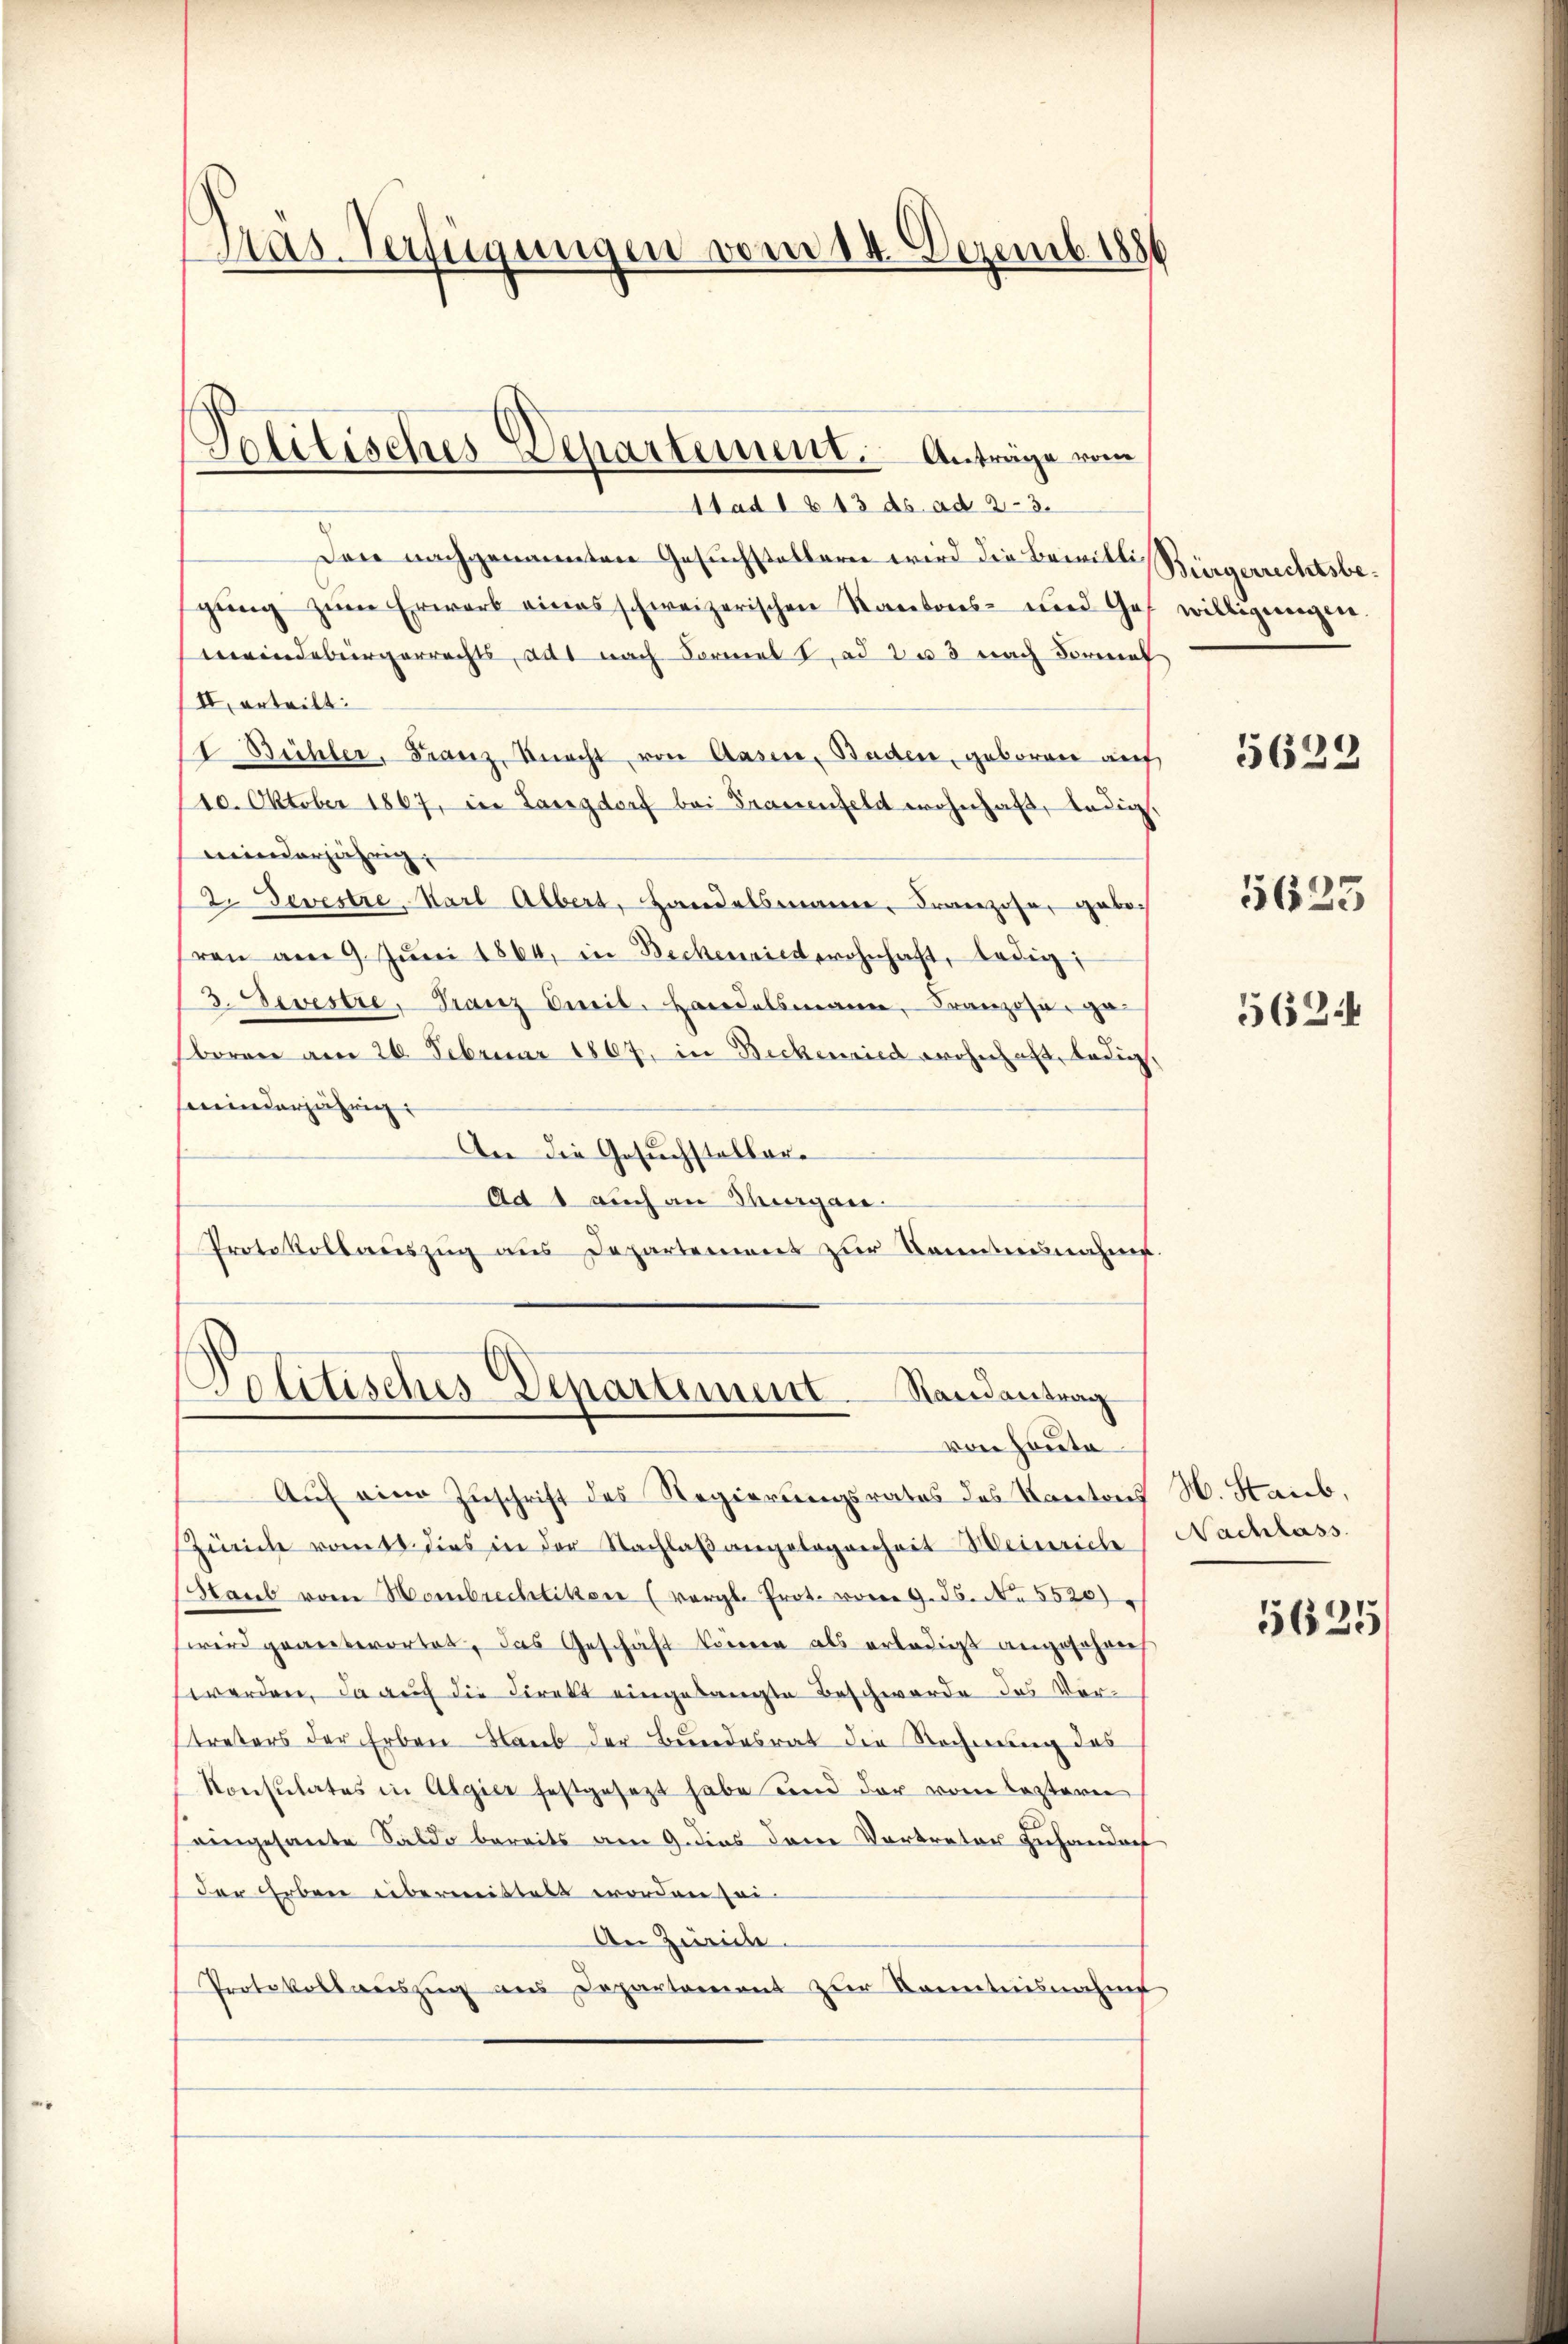
Den nachgenannten Gesuchstellerei wird die Bewilligŭng zum Erwarb eines schweizerischen Kantons- und Ges. willigungen.
meindebürgerrechts, ad nach Formel I, ad 203 nach Formel
IV. erteilt:
2 Büchler, Franz Knecht von Aasin, Baden, geboren auf
10. Oktober 1867, in Langdorf bei Frauenfeld wohnhaft, ledig,
meinderjährig,
2. Devestre, Karl Albert, Handelsmann, Franzose, geboren am 9. Jŭni 1864, in Beckenriet wohnhaft, ledig
3 Devestre, Franz Deil. Handelsmann, Franzose, geboren am 26. Februar 1867, in Bickenried wohnhaft, ledig,
minderjährig
An die Gesuchsteller¬
Ad 1 auch an Thurgau.
Protokollauszug aus Departement zŭr Kenntnisnahme.

Tras. Verfügungen vom 14. Dezemb. 1886

Politisches Departement. Anträge vom
Stad 1613 ds ad 23.

Politisches Departemen
Randantrag
von Hauta

Auf eine Zuschrift des Regierungsrates des Kantons
Zweide vom tt. dies in der Nachlaβ angelegenheit Meinriche
Staub vom Hombrechtikon (vergl. Prot. vom 9. J. N. 5520)
wird gegeberortet, das Geschäft können als erledigt angefahren
werden, da auch die Direkt eingelangte Beschwerde des Vorstreters der Erben Blaub der Bundesrat die Rechnung des
Konsulates in Algier festgesezt habe und der vom leztern
eingesante Saldo bereits am 9. dies den Vertreter zuhandach
der Erben übermittelt worden sei
An Zürich.
Protokollaŭszŭg ans Departement zŭr Kenntnisnahm

Bürgerrechtsbe¬

5623

5625

562.

H. Staub,
Nachlass

5625